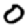
Digit: 0